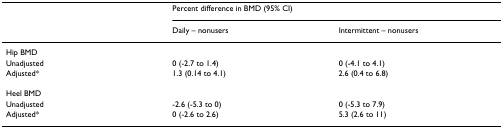
<table><thead><tr><td></td><td colspan="2"><b>Percent difference in BMD (95% CI)</b></td></tr><tr><td></td><td><b>Daily – nonusers</b></td><td><b>Intermittent – nonusers</b></td></tr></thead><tbody><tr><td>Hip BMD</td><td></td><td></td></tr><tr><td>Unadjusted</td><td>0 (-2.7 to 1.4)</td><td>0 (-4.1 to 4.1)</td></tr><tr><td>Adjusted*</td><td>1.3 (0.14 to 4.1)</td><td>2.6 (0.4 to 6.8)</td></tr><tr><td>Heel BMD</td><td></td><td></td></tr><tr><td>Unadjusted</td><td>-2.6 (-5.3 to 0)</td><td>0 (-5.3 to 7.9)</td></tr><tr><td>Adjusted*</td><td>0 (-2.6 to 2.6)</td><td>5.3 (2.6 to 11)</td></tr></tbody></table>